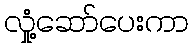
လှုံ့ဆော်ပေးကာ